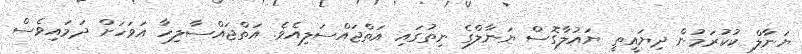
ޔަނާލް ކުކުރަމުން ދިޔައީތީ ޔައުލާގޮސް ޔަނާލްގެ ނިތުގައި އަތްޖައްސަލިއެވެ. އަތްޖައްސާލިހާ އަވަހަށް ދަމައިވެސް